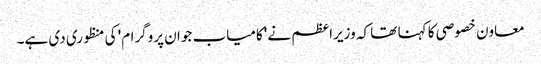
معاون خصوصی کا کہنا تھا کہ وزیراعظم نے 'کامیاب جوان پروگرام' کی منظوری دی ہے۔